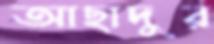
আছাদুর